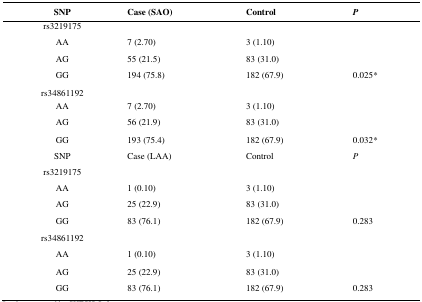
| SNP | Case (SAO) | Control | P |
 | --- | --- | --- | --- |
 | rs3219175 |  |  |  |
 | AA | 7 (2.70) | 3 (1.10) |  |
 | AG | 55 (21.5) | 83 (31.0) |  |
 | GG | 194 (75.8) | 182 (67.9) | 0.025* |
 | rs34861192 |  |  |  |
 | AA | 7 (2.70) | 3 (1.10) |  |
 | AG | 56 (21.9) | 83 (31.0) |  |
 | GG | 193 (75.4) | 182 (67.9) | 0.032* |
 | SNP | Case (LAA) | Control | P |
 | rs3219175 |  |  |  |
 | AA | 1 (0.10) | 3 (1.10) |  |
 | AG | 25 (22.9) | 83 (31.0) |  |
 | GG | 83 (76.1) | 182 (67.9) | 0.283 |
 | rs34861192 |  |  |  |
 | AA | 1 (0.10) | 3 (1.10) |  |
 | AG | 25 (22.9) | 83 (31.0) |  |
 | GG | 83 (76.1) | 182 (67.9) | 0.283 |